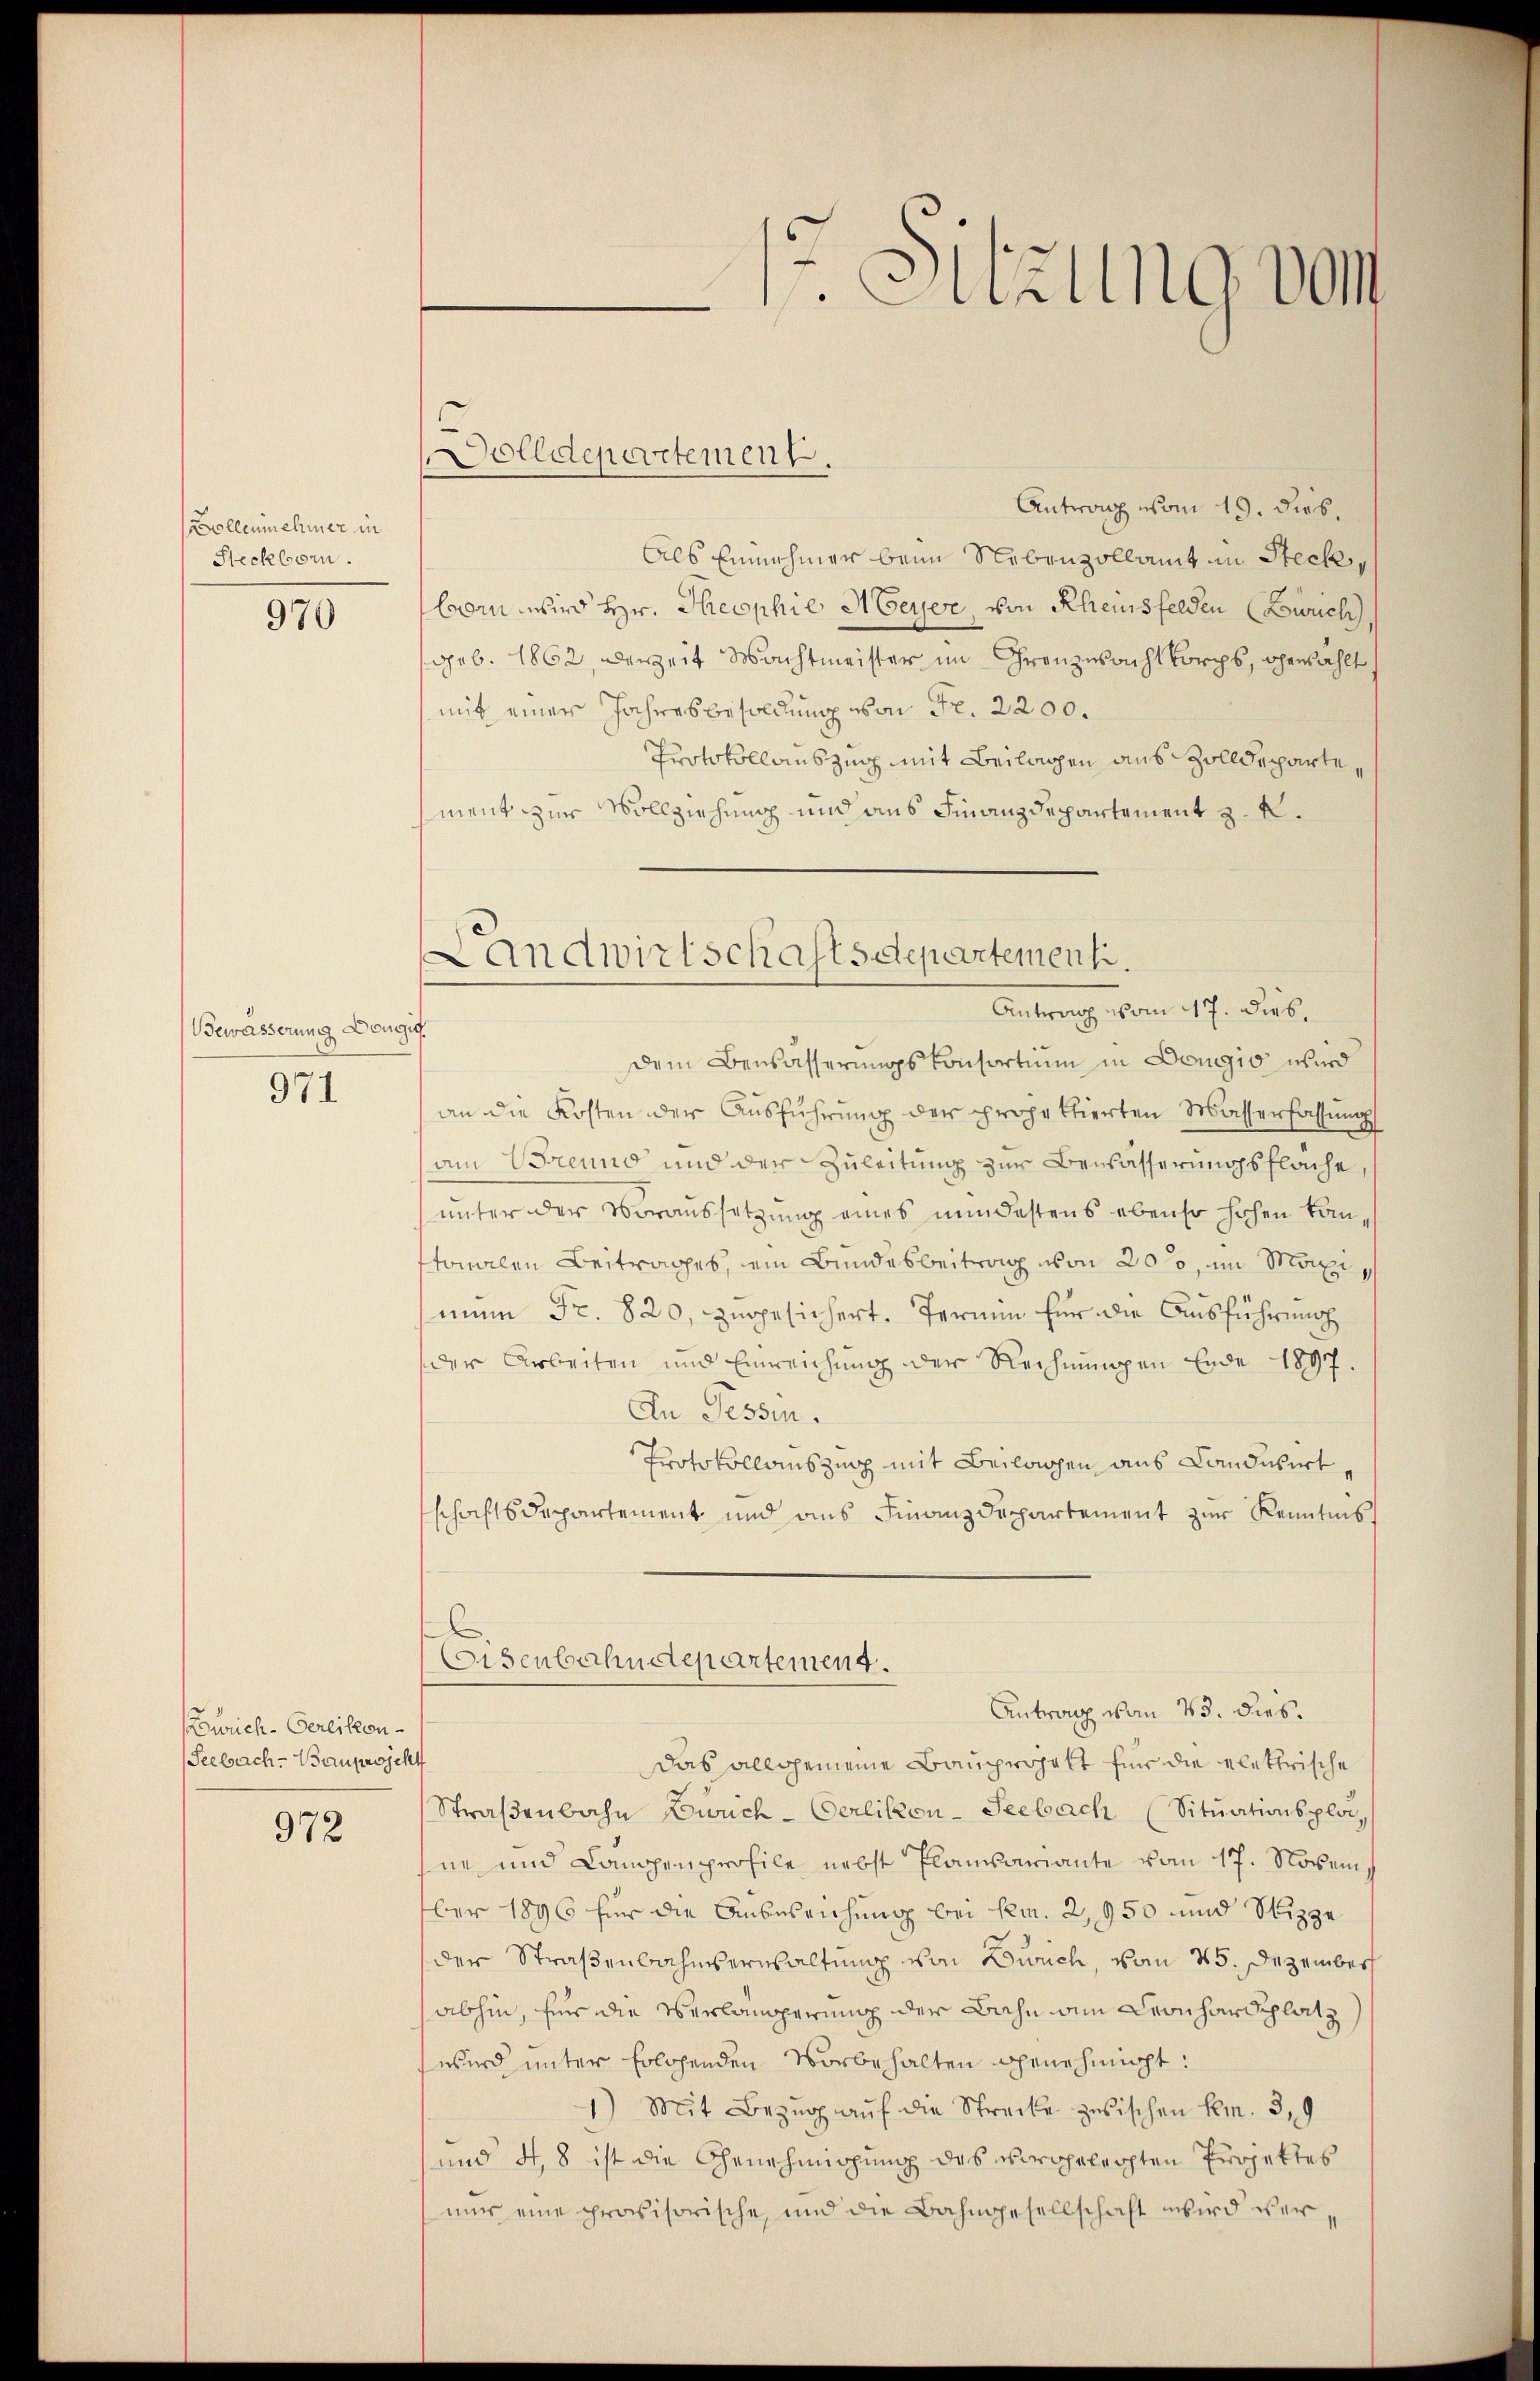
Bollenehmer in
Steckborn.

970

Bewässerung Dougi

971

urich-Gerlikon
Seebach-Bauprojekt

972

1r Sitzung von

olldepartement.
Antrag vom 19. Dieb.
Als Einnehmer beim Nebenzollamt in Steck
born wird Hr. Theophie Meyer, von Rheussfelden Buch,
geb. 1862, derzeit Machtmeister im Gronzwacht korps, gewählt
mit einer Jahresbesoldung von Fr. 2200.
Protokollauszug mit Beilagen aus Zolldepartement zur Vollziehung und aus Finanzdepartement z. B.
Antrag vom 17. Dieb¬
Dem Bewässerungskonsortium in Dougio wird
an die Kosten der Ausführung der projektierten Masserfassung
am Brennd und der Zuleitung zur Bewässerungsfläche,
unter der Voraussetzung eines mindestens ebenso hohen köntonalen Beitrages, ein Bundesbeitrag von 200, im Maxi
num Fr. 820, zugesichert. Termin für die Ausführung
der Arbeiten und Einreichung der Rechnŭngen Ende 1897.
An Fessen.
Protokollauszusp mit Beilagen aus Landwirt
schaftsdepartement und aus Finanzdepartement zur Kenntnis,
Eisenbahndepartement.
Antrag von 23. dies.
Das allgemeine Bauprojekt für die elektrische
Straβenbahn Zürich-Oerlikon-Seebach (Sitŭationspla
ne und Camppenprofile nebst Planvariante vom 17. Novem
ber 1896 für die Anbeseichung bei kam. 2,950 und Nizze
der Straßenbahnverwaltung von Burch, von 45. Dezember
abhin, für die Verlamperung der Bahn am Leonhardplatz
wird unter solchenden Vorbehalten genehmigt:
1) Mit Bezug auf die Strecke zwischen Em. 3, 9
und 4t, 8 ist die Genehmigung des vorgeleihten Projektes
nur eine provisorische, und die Bahngesellschaft wird ver¬

Landwirtschaftsdepartement.